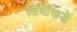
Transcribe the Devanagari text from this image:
तिघांकडे